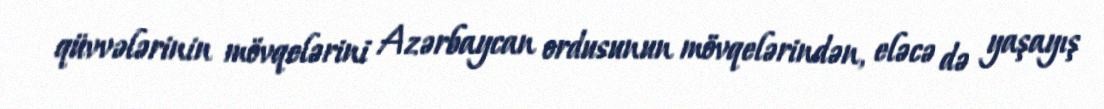
qüvvələrinin mövqelərini Azərbaycan ordusunun mövqelərindən, eləcə də yaşayış